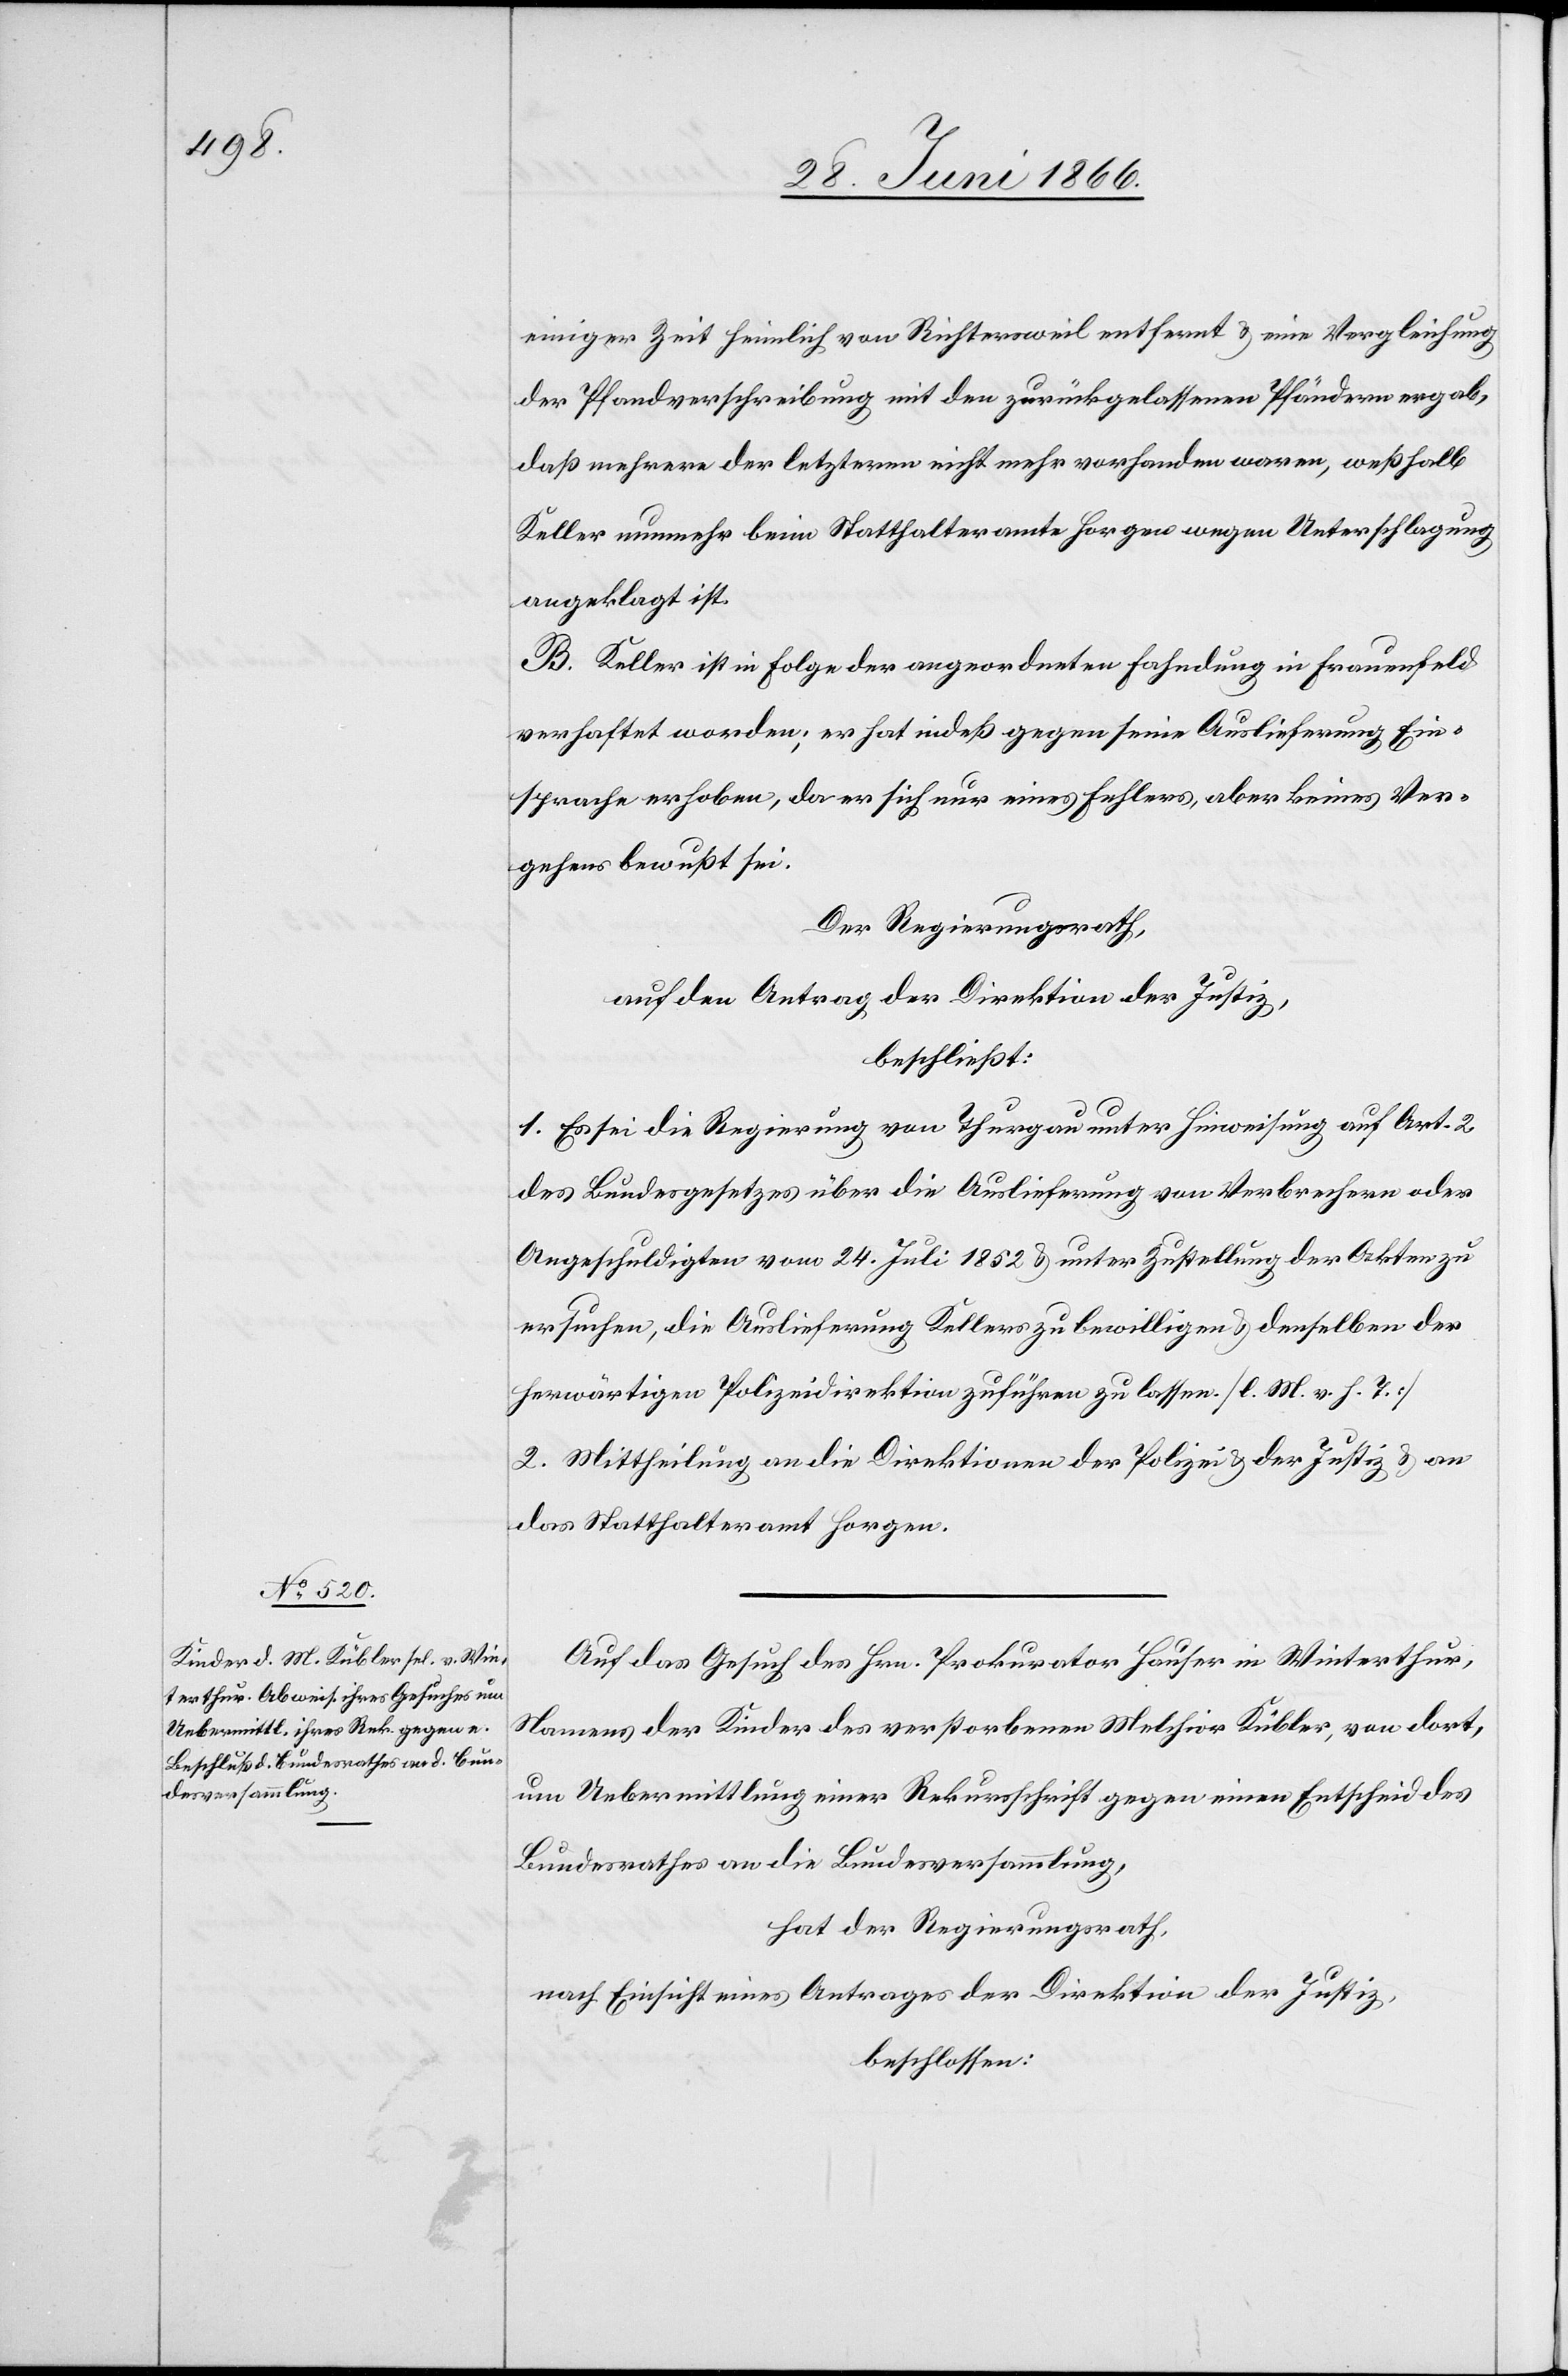
einiger Zeit heimlich von Richtersweil entfernt u. eine Vergleichung
der Pfandverschreibung mit den zurückgelassenen Pfändern ergab,
daß mehrere der letzteren nicht mehr vorhanden waren, weßhalb
Keller nunmehr beim Statthalteramte Horgen wegen Unterschlagung
angeklagt ist.
B. Keller ist in Folge der angeordneten Fahndung in Frauenfeld
verhaftet worden; er hat indeß gegen seine Auslieferung Ein¬
sprache erhoben, da er sich nur eines Fehlers, aber keines Ver¬
gehens bewußt sei.
Der Regierungsrath,
auf den Antrag der Direktion der Justiz,
beschließt:
1. Es sei die Regierung von Thurgau unter Hinweisung auf Art. 2
des Bundesgesetzes über die Auslieferung von Verbrechern oder
Angeschuldigten vom 24. Juli 1852 u. unter Zustellung der Akten zu
ersuchen, die Auslieferung Kellers zu bewilligen u. denselben der
herwärtigen Polizeidirektion zuführen zu lassen. [l. M. v. h. T.]
2. Mittheilung an die Direktionen der Polizei u. der Justiz u. an
das Statthalteramt Horgen.
Auf das Gesuch des Hrn. Prokurator Hauser in Winterthur,
Namens der Kinder des verstorbenen Melchior Kübler, von dort,
um Uebermittlung einer Rekursschrift gegen einen Entscheid des
Bundesrathes an die Bundesversammlung,
hat der Regierungsrath,
nach Einsicht eines Antrages der Direktion der Justiz,
beschlossen: